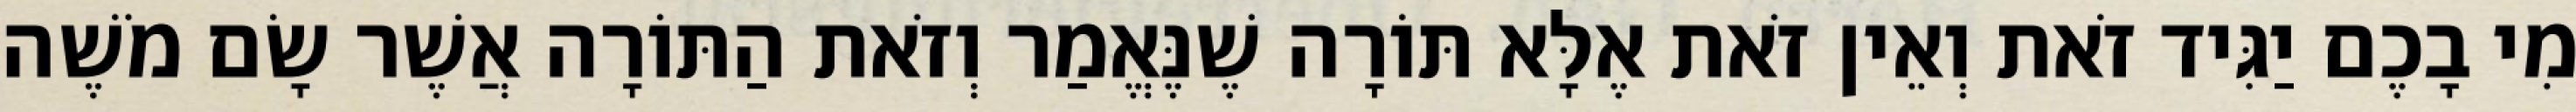
מִי בָכֶם יַגִּיד זֹאת וְאֵין זֹאת אֶלָּא תּוֹרָה שֶׁנֶּאֱמַר וְזֹאת הַתּוֹרָה אֲשֶׁר שָׂם מֹשֶׁה